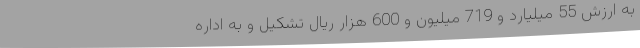
به ارزش 55 میلیارد و 719 میلیون و 600 هزار ریال تشکیل و به اداره